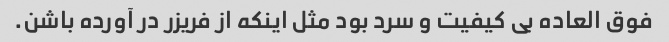
فوق العاده بی کیفیت و سرد بود مثل اینکه از فریزر در آورده باشن.